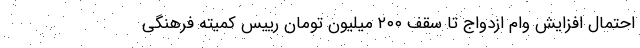
احتمال افزایش وام ازدواج تا سقف ۲۰۰ میلیون تومان رییس کمیته فرهنگی